system: You are a helpful assistant.
user:
Analyze the provided spectrum to determine if it is a **Carbon Star (C-type)**.

- **Key Visual Indicators of Carbon Star:**
    - **(Primary):** Strong molecular absorption from **C₂ (diatomic carbon) "Swan Bands."** This is the **defining feature** of a carbon star.
        - **(Key Bandheads):** Sharp absorption edges are visible at approximately $5635$ Å, $5165$ Å (the strongest band), and $4737$ Å.
        - **(Line Profile):** Creates a distinct **"saw-tooth"** pattern. The key morphology is a sharp, steep bandhead on the **red (long-wavelength) side**, which then gradually tapers off (i.e., flux recovers) towards the **blue (short-wavelength) side**. *(This is the direct opposite of the TiO bands seen in M-type stars)*.

    - **(Secondary):** Intense **CN (cyanogen)** molecular absorption bands.
        - **(Key Bandheads):** Located in the blue and violet regions of the spectrum (e.g., near $4215$ Å and $3883$ Å).
        - **(Morphology):** These bands are extremely broad and act as a "blanket," absorbing the vast majority of blue and violet light. This creates a characteristic **"cliff"** or **"steep drop-off"** in the spectrum's flux at short wavelengths.

    - **(Key Confirmation):** Strong **CH absorption band (G-band)**.
        - **(Key Bandhead):** Located around $4300$ Å. The contribution from CH molecules to this band is exceptionally strong.

    - **(Overall Spectrum):**
        - The continuum is severely "chopped up" by these deep molecular bands, especially C₂, rather than appearing as a smooth curve.
        - Due to the heavy CN and C₂ absorption in the blue-green, the vast majority of the star's flux is concentrated in the red part of the spectrum, giving the star its characteristic deep red color.

Think first, call **spectral_visualization_tool** if needed to examine features in detail, then provide your final answer. Your response must adhere to the following strict rules:
1.  **Overall Structure:** Your response must follow the format `<think>...</think> <tool_call>...</tool_call> (if a tool is used) <answer>...</answer>`.
2.  **Tool Usage Constraint:** You may only make **one** tool call per turn.
3.  **Final Answer Format:** In the `<answer>` tag, your conclusion must be inside a `\boxed{}` command (e.g., `\boxed{YES}`), followed by your justification.

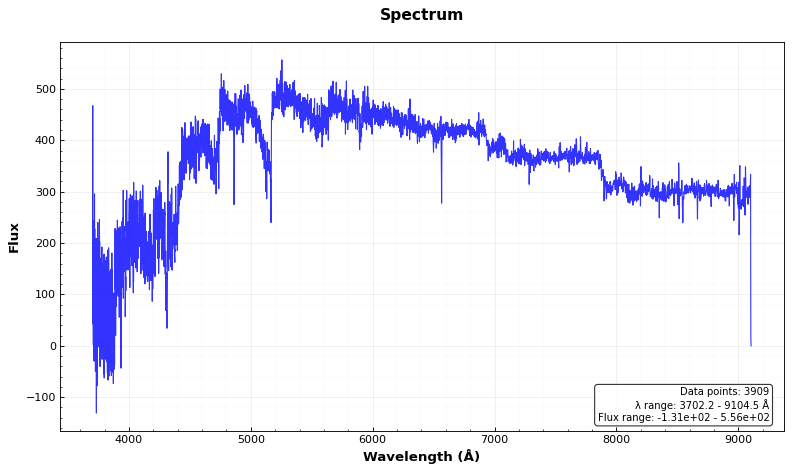
Answer: YES